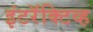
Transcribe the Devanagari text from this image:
इंटरॅक्टिव्ह